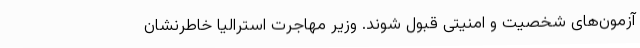
آزمون‌های شخصیت و امنیتی قبول شوند. وزیر مهاجرت استرالیا خاطرنشان